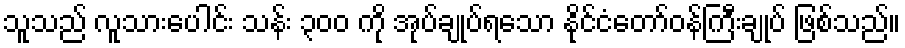
သူသည် လူသားပေါင်း သန်း ၃၀၀ ကို အုပ်ချုပ်ရသော နိုင်ငံတော်ဝန်ကြီးချုပ် ဖြစ်သည်။